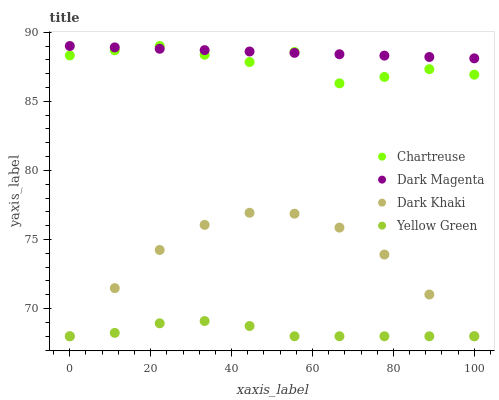
| xaxis_label | Chartreuse | Dark Magenta | Dark Khaki | Yellow Green |
 | --- | --- | --- | --- | --- |
 | 0 | 88.3 | 89 | 68 | 68 |
 | 11.1 | 88.7 | 88.9 | 71.5 | 68.2 |
 | 22.2 | 89 | 88.8 | 74.2 | 68.9 |
 | 33.3 | 88.4 | 88.7 | 76.1 | 69.1 |
 | 44.4 | 87.8 | 88.6 | 76.9 | 68.7 |
 | 55.6 | 88.6 | 88.5 | 76.9 | 68 |
 | 66.7 | 86.3 | 88.4 | 75.9 | 68 |
 | 77.8 | 86.8 | 88.3 | 73.9 | 68 |
 | 88.9 | 87.3 | 88.2 | 71 | 68 |
 | 100 | 86.9 | 88.1 | 68 | 68 |